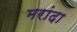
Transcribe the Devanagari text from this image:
मरांदा